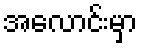
အလောင်းမှာ